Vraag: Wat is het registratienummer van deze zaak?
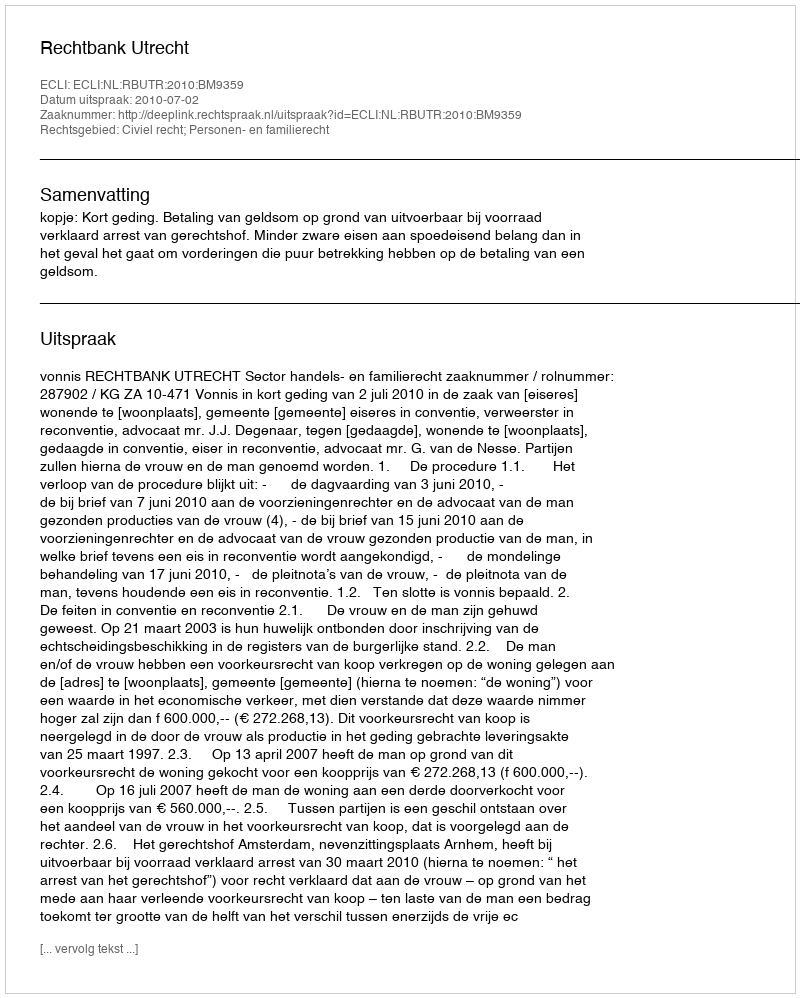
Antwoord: http://deeplink.rechtspraak.nl/uitspraak?id=ECLI:NL:RBUTR:2010:BM9359